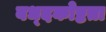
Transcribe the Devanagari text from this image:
बध्दकोष्टता